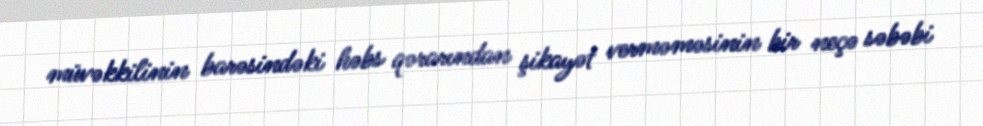
müvəkkilinin barəsindəki həbs qərarından şikayət verməməsinin bir neçə səbəbi